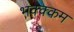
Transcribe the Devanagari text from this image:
भक्‍क्‍कम